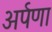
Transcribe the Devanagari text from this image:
अर्पणा